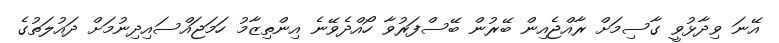
އޭނަ ވިދާޅުވީ ގާސިމަށް ރާއްޖެއިން ބޭރުން ބޭސްފަރުވާ ހޯއްދެވޭނެ އިންތިޒާމު ހަމަޖައްސައިދިނުމަށް ދައުލަތުގެ